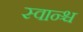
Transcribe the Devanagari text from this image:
स्वान्श्च